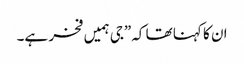
ان کا کہنا تھا کہ”جی ہمیں فخر ہے۔